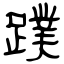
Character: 蹼